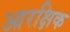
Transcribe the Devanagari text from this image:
आरक्षिक